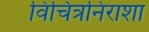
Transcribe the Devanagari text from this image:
विचित्रनिराशा